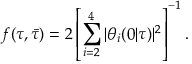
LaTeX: f ( \tau , \bar { \tau } ) = 2 \left[ \sum _ { i = 2 } ^ { 4 } | \theta _ { i } ( 0 | \tau ) | ^ { 2 } \right] ^ { - 1 } .